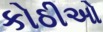
કોઠીઓ